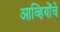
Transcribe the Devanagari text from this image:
आव्हियोंचे